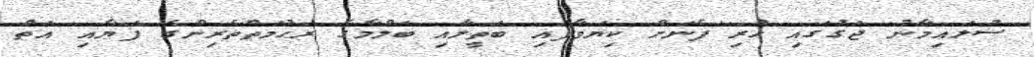
ސުލައިމާނު ޖަގުގައި ހުރި ފެނަށް ކިޔަވާފައި ބަތީލާއި ބަލްމާގެ ރަޙުމަތްތެރިންގެ ފަޔާއި އަތް